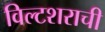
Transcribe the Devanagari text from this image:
विल्टशराची